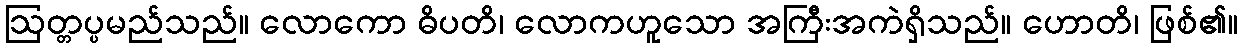
ဩတ္တပ္ပမည်သည်။ လောကော ဓိပတိ၊ လောကဟူသော အကြီးအကဲရှိသည်။ ဟောတိ၊ ဖြစ်၏။